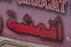
أقمشة